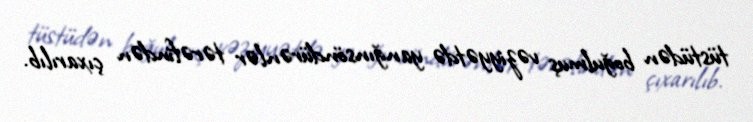
tüstüdən boğulmuş vəziyyətdə yanğınsöndürənlər tərəfindən çıxarılıb.